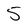
Character: 5